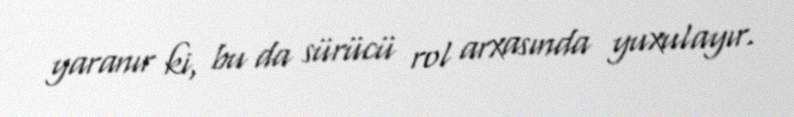
yaranır ki, bu da sürücü rol arxasında yuxulayır.